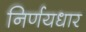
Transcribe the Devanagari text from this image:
निर्णयधार